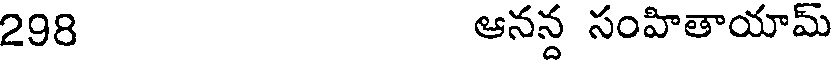
298 ఆనన్ద సంహితాయామ్